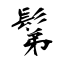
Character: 鬀